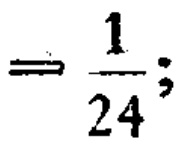
$= \frac{1}{24};$